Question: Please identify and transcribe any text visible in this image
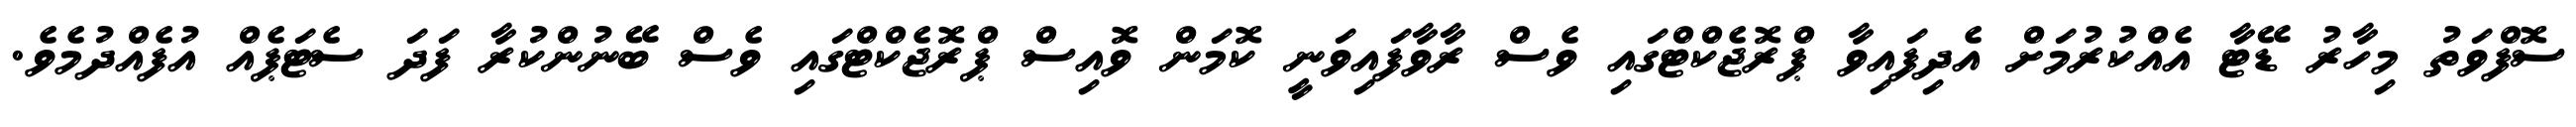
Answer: ސޮފްވަތު މިހާރު ޑޭޓާ އެއްކުރުމަށް އެދިފައިވާ ޕްރޮޖެކްޓްގައި ވެސް ރާވާފައިވަނީ ކޮމަން ވޮއިސް ޕްރޮޖެކްޓްގައި ވެސް ބޭނުންކުރާ ފަދަ ސެޓަޕެއް އުފެއްދުމެވެ.